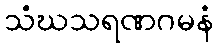
သံဃသရဏဂမနံ